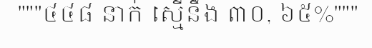
"""៤៤៨ នាក់ ស្មើនឹង ៣០, ៦៥%"""